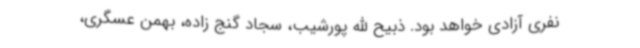
نفری آزادی خواهد بود. ذبیح الله پورشیب، سجاد گنج زاده، بهمن عسگری،